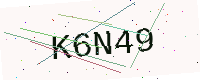
Text: K6N49